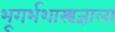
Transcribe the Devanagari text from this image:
भूगर्भशास्त्रज्ञाला